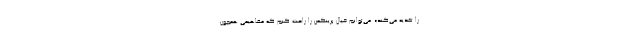
را تغذیه می‌کند». می‌توانم خیال برینکمن را راحت کنم که مفاهیمی همچون